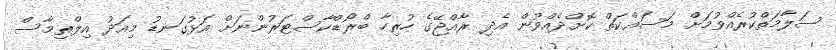
ސަލާމަތްކުރެއްވުމަށް މަސައްކަތް ކޮށްދެއްވުން އެދި ރާއްޖޭގެ ހުރިހާ ބްރޯޑްކާސްޓަރުންނަށް އަޅުގަނޑު މިއަދު އިލްތިމާސް